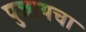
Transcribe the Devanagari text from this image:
पुजायचा